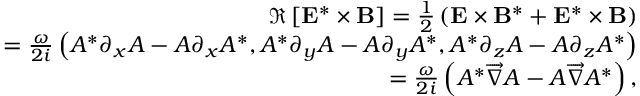
\begin{array} { r l r } & { } & { \Re \left[ { \bf E } ^ { * } \times { \bf B } \right] = \frac { 1 } { 2 } \left( { \bf E } \times { \bf B } ^ { * } + { \bf E } ^ { * } \times { \bf B } \right) } \\ & { } & { = \frac { \omega } { 2 i } \left( A ^ { * } \partial _ { x } A - A \partial _ { x } A ^ { * } , A ^ { * } \partial _ { y } A - A \partial _ { y } A ^ { * } , A ^ { * } \partial _ { z } A - A \partial _ { z } A ^ { * } \right) } \\ & { } & { = \frac { \omega } { 2 i } \left( A ^ { * } \overrightarrow { \nabla } A - A \overrightarrow { \nabla } A ^ { * } \right) , } \end{array}